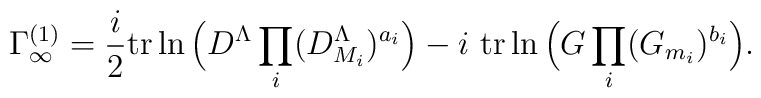
\Gamma^{(1)}_\infty =\frac{i}{2} \mbox{tr}\ln \Big(D^\Lambda \prod\limits_i (D_{M_i}^\Lambda)^{a_i}\Big)-i\ \mbox{tr} \ln \Big(G \prod\limits_i (G_{m_i})^{b_i}\Big).